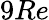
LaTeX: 9Re